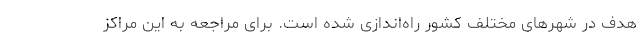
هدف در شهرهای مختلف کشور راه‌اندازی شده است. برای مراجعه به این مراکز